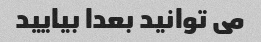
می توانید بعدا بیایید